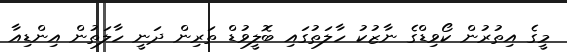
މީގެ އިތުރުން ކޯވިޑްގެ ނާޒުކު ހާލަތުގައި ބޮލީވުޑް ތަރިން ދަނީ ހާލަތުން އިންޑިއާ